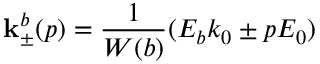
{ \bf k } _ { \pm } ^ { b } ( p ) = \frac { 1 } { W ( b ) } ( E _ { b } k _ { 0 } \pm p E _ { 0 } )